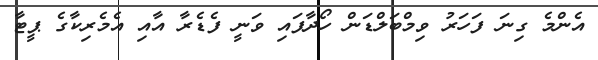
އެންމެ ގިނަ ފަހަރު ވިމްބަލްޑަން ހޯދާފައި ވަނީ ފެޑެރާ އާއި އެމެރިކާގެ ޕީޓާ